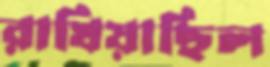
রাখিয়াছিল